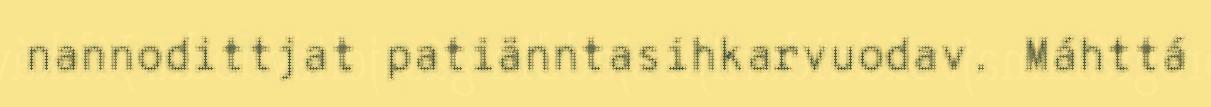
nannodittjat patiänntasihkarvuodav. Máhttá